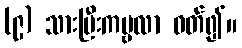
(၉) သားမြီးကမ္ဗလာ ဝတ်၍။